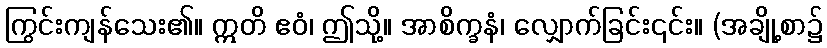
ကြွင်းကျန်သေး၏။ ဣတိ ဧဝံ၊ ဤသို့။ အာစိက္ခနံ၊ လျှောက်ခြင်း၎င်း။ (အချို့စာ၌